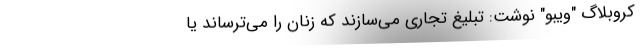
کروبلاگ "ویبو" نوشت: تبلیغ تجاری می‌سازند که زنان را می‌ترساند یا